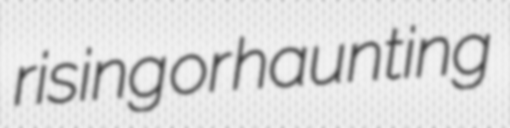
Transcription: rising or haunting